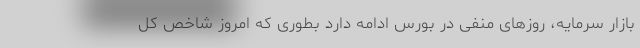
بازار سرمایه، روزهای منفی در بورس ادامه دارد بطوری که امروز شاخص کل